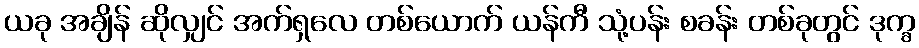
ယခု အချိန် ဆိုလျှင် အက်ရှလေ တစ်ယောက် ယန်ကီ သုံ့ပန်း စခန်း တစ်ခုတွင် ဒုက္ခ